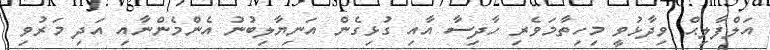
އަލްފާލިޙް ވިދާޅުވީ މިހިތާމަވެރި ހާދިސާ އާއި ގުޅިގެން އަނިޔާލިބުނު އެންމެންނާއި އަދި މަރުވި